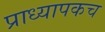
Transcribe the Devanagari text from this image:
प्राध्यापकच